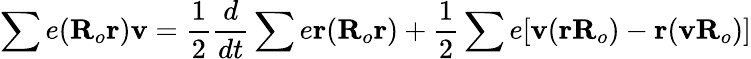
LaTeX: \sum e(\textbf{R}_{o}\textbf{r})\textbf{v}=\frac{1}{2}\frac{d}{dt}\sum e\textbf{r}(\textbf{R}_{o}\textbf{r})+\frac{1}{2}\sum e[\textbf{v}(\textbf{r}\textbf{R}_{o})-\textbf{r}(\textbf{v}\textbf{R}_{o})]